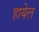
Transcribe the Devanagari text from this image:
हायेल